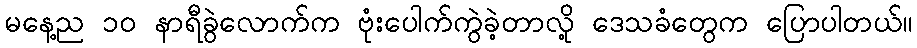
မနေ့ည ၁၀ နာရီခွဲလောက်က ဗုံးပေါက်ကွဲခဲ့တာလို့ ဒေသခံတွေက ပြောပါတယ်။